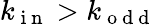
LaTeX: k_{\mathrm{~i~n~}}>k_{\mathrm{~o~d~d~}}